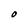
Character: O